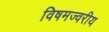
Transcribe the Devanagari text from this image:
विषमज्वरीय